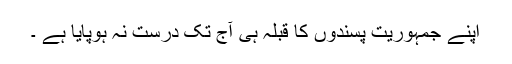
اپنے جمہوریت پسندوں کا قبلہ ہی آج تک درست نہ ہوپایا ہے ۔